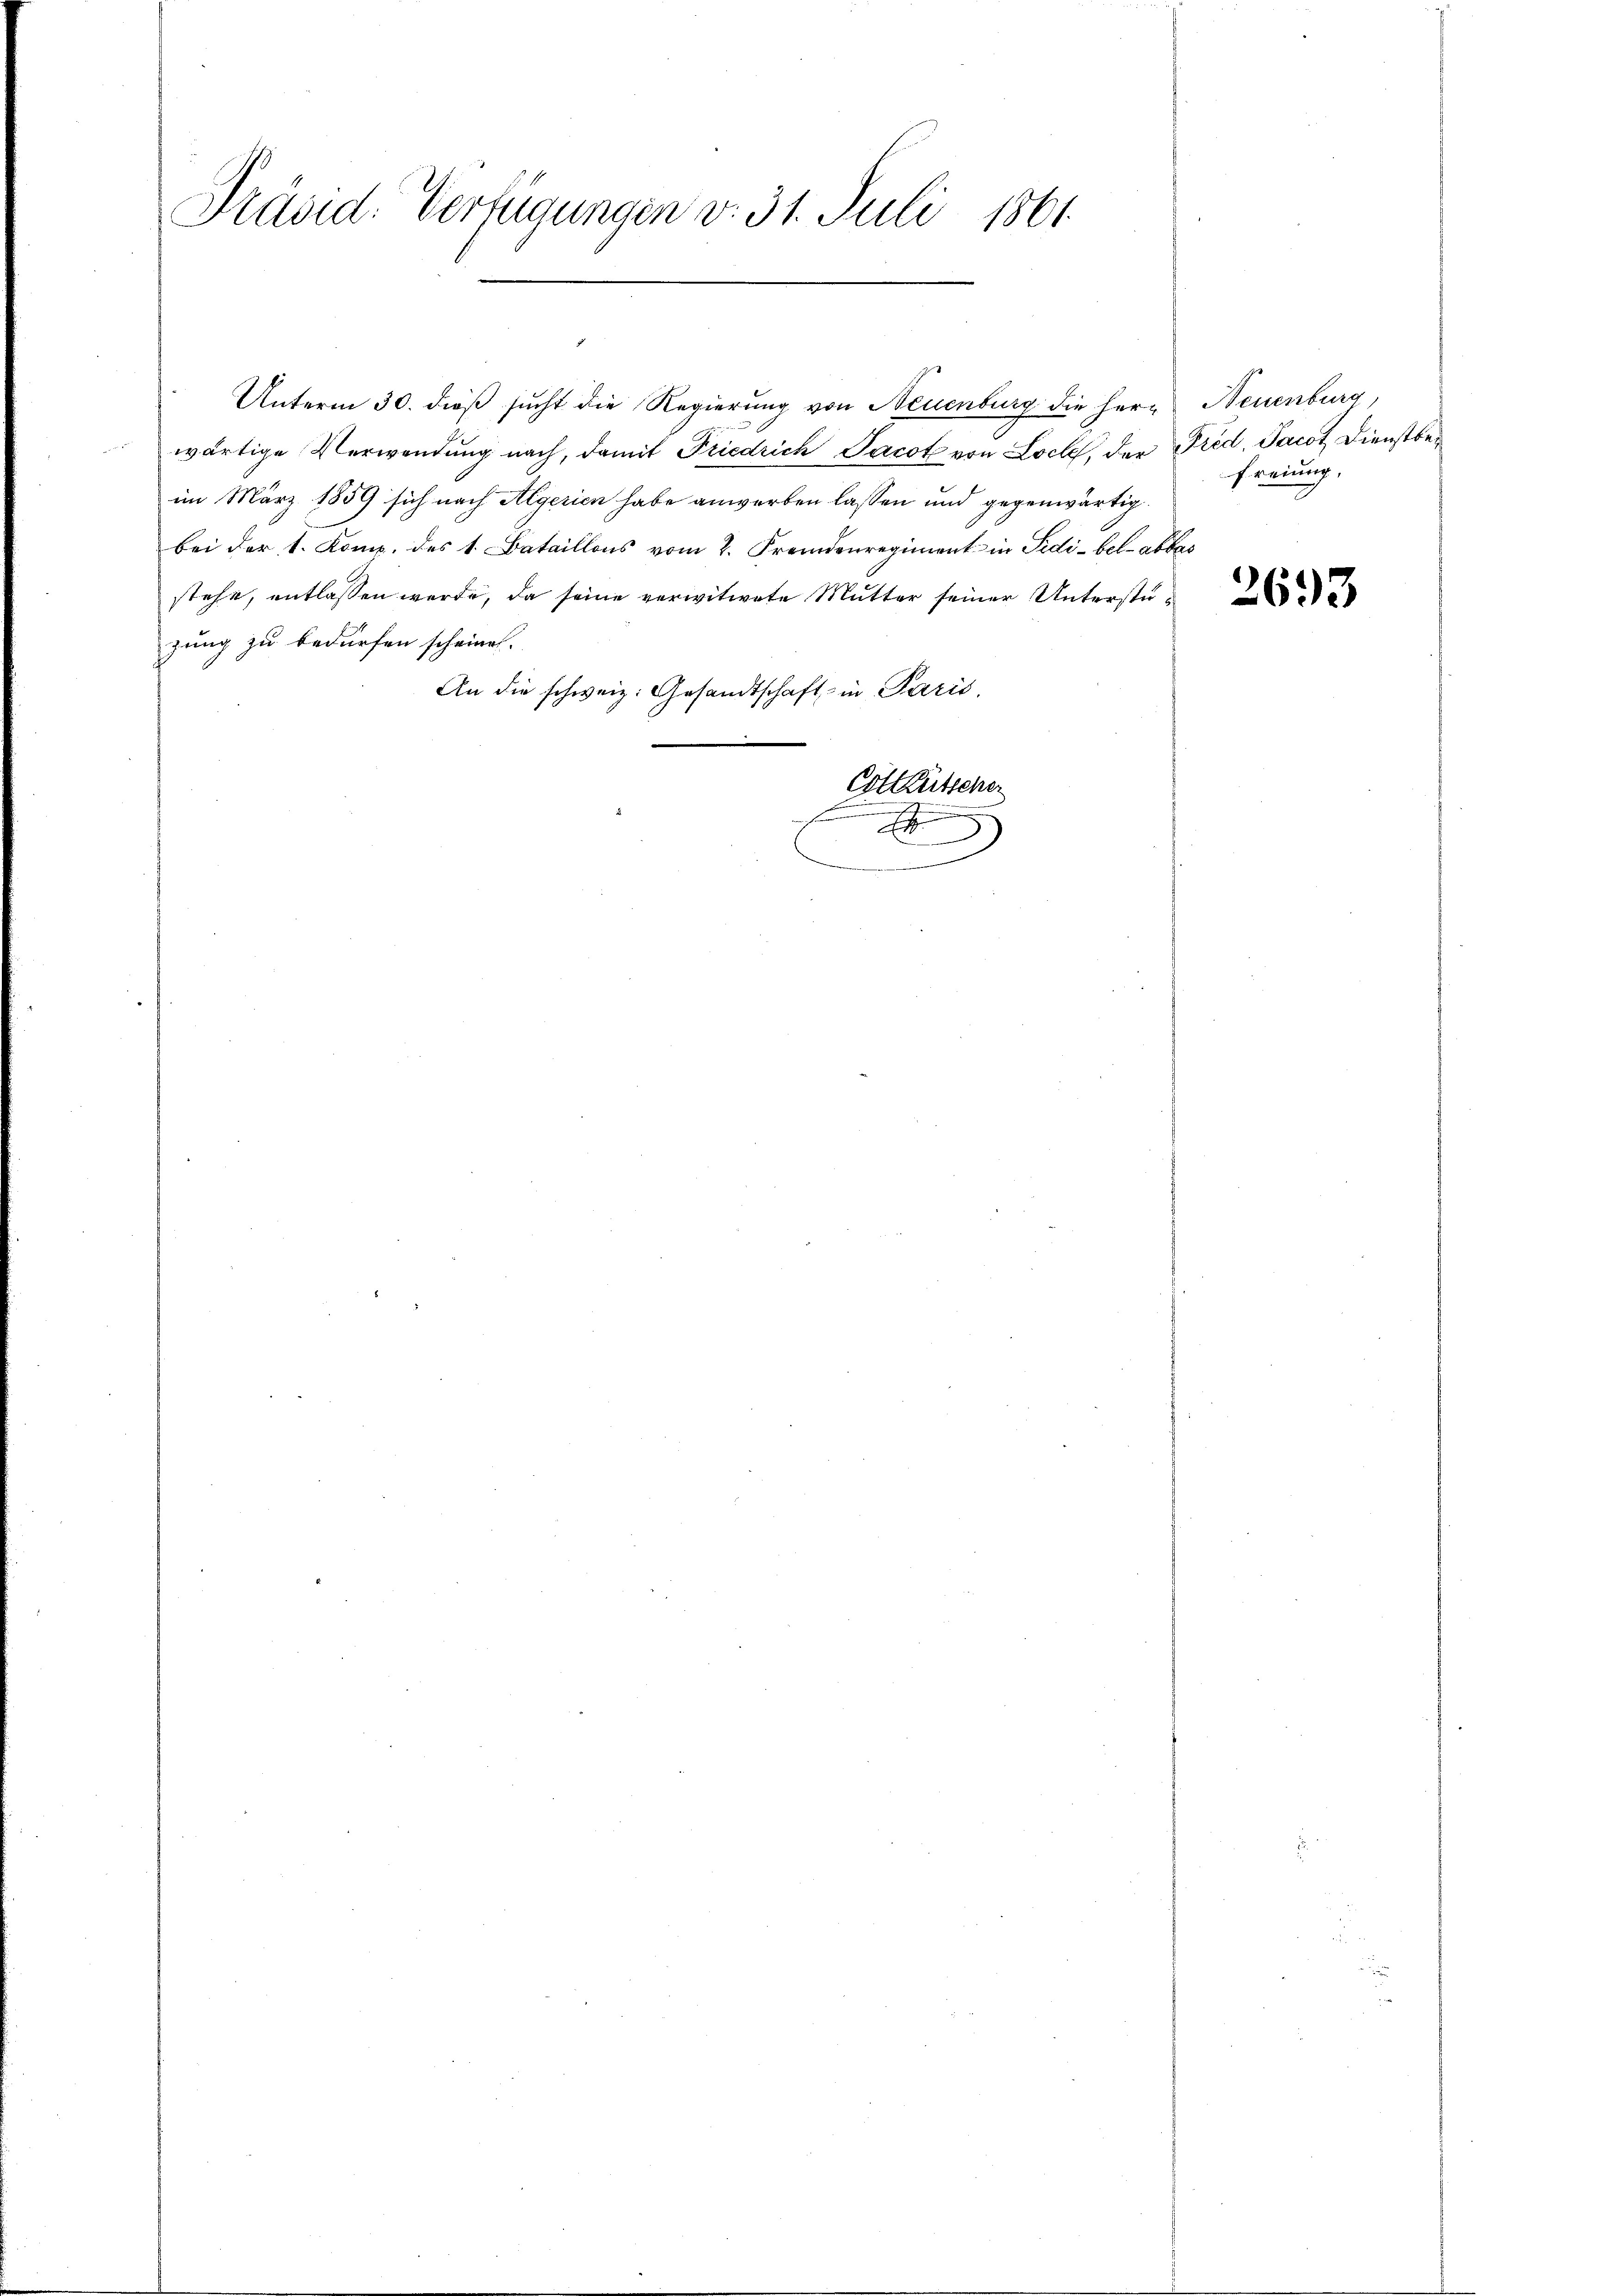
Präsid. Verfügungen v. 31. Juli 1861.

Unterm 30. dieß sucht die Regierung von Neuenburg die herwärtige Verwendung nach, damit Friedrich Jacot von Loch, der Fred, Jacot. Dienstber
im März 1859 sich nach Algerien habe anwerben lassen und gegenwärtig.
bei der 1. Komp. des 1. Bataillons vom 2. Fremdenregiment in Fidi-bel-abbas
stehe, entlassen werde, da seine verwitwete Mutter seiner Unterstügung zu bedürfen scheinen.
An die schweiz. Gesandtschaft in Paris,
Cotleütscher
F

.

Neuenburg,
Freiung,